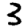
Digit: 3